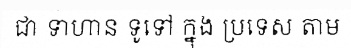
ជា ទាហាន ទូទៅ ក្នុង ប្រទេស តាម